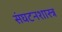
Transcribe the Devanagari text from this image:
संघटनशास्त्र